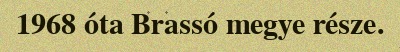
1968 óta Brassó megye része.